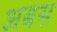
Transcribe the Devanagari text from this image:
अबस